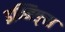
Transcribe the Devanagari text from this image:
इन्निङ्स